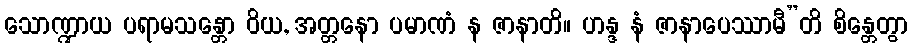
သောဏ္ဍာယ ပရာမသန္တော ဝိယ, အတ္တနော ပမာဏံ န ဇာနာတိ။ ဟန္ဒ နံ ဇာနာပေဿာမီ”တိ စိန္တေတွာ